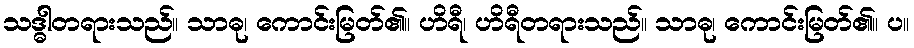
သဒ္ဓါတရားသည်။ သာဓု၊ ကောင်းမြတ်၏။ ဟိရီ၊ ဟိရီတရားသည်။ သာဓု၊ ကောင်းမြတ်၏။ ပ။